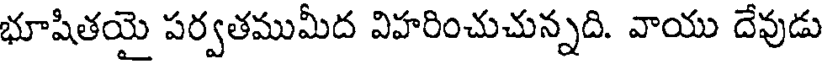
భూషితయై పర్వతముమీద విహరించుచున్నది. వాయు దేవుడు